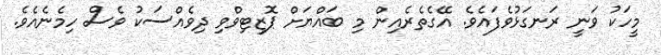
މީހަކު ވަނީ ރަނގަޅުވެފައެވެ. އޭގެތެރެއިން މި ބައްޔަށް ޕޮޒިޓިވްވި ދިވެއްސަކު ވެސް ހިމެނެއެވެ.